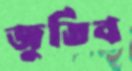
জুতিব